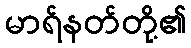
မာရ်နတ်တို့၏